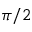
\pi / 2